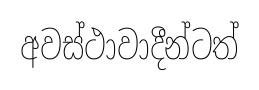
අවස්ථාවාදීන්ටත්